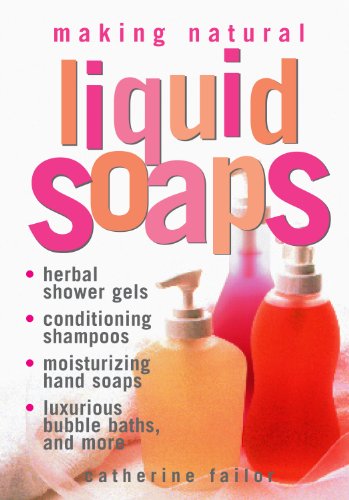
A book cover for Making Natural Liquid Soaps: Herbal Shower Gels, Conditioning Shampoos,  Moisturizing Hand Soaps, Luxurious Bubble Baths, and more; Catherine Failor; Crafts, Hobbies & Home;